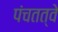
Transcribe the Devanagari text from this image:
पंचतत्वे